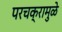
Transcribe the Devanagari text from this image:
परचक्रामुळे